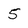
Character: 5